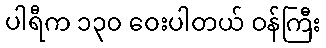
ပါရီက ၁၃၀ ဝေးပါတယ် ဝန်ကြီး